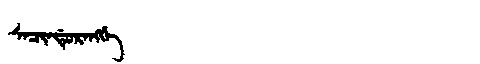
Manchu: ᠰᠠᠴᡳᠨᡩᡠᡵᠠᠩᡤᡝ
Romanization: SACINDURANGGE